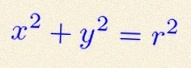
x^2+y^2=r^2